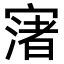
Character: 𡪦